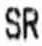
SR